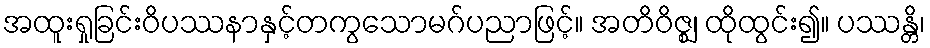
အထူးရှုခြင်းဝိပဿနာနှင့်တကွသောမဂ်ပညာဖြင့်။ အတိဝိဇ္ဈ၊ ထိုထွင်း၍။ ပဿန္တိ၊